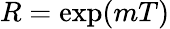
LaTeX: R=\exp(mT)